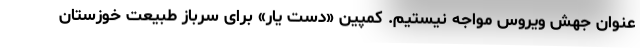
عنوان جهش ویروس مواجه نیستیم. کمپین «دست یار» برای سرباز طبیعت خوزستان